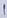
Text: 1